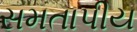
સમતાપીય